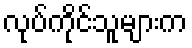
လုပ်ကိုင်သူများက